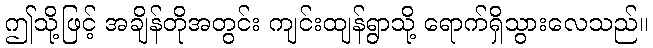
ဤသို့ဖြင့် အချိန်တိုအတွင်း ကျင်းထျန်ရွာသို့ ရောက်ရှိသွားလေသည်။